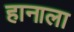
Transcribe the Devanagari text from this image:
हानाला